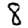
Digit: 8